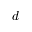
d